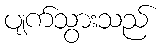
ပျက်သွားသည်